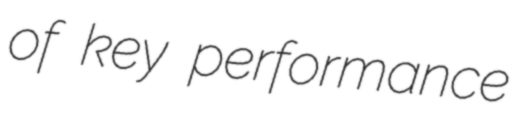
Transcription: of key performance